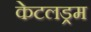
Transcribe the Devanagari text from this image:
केटलड्रम